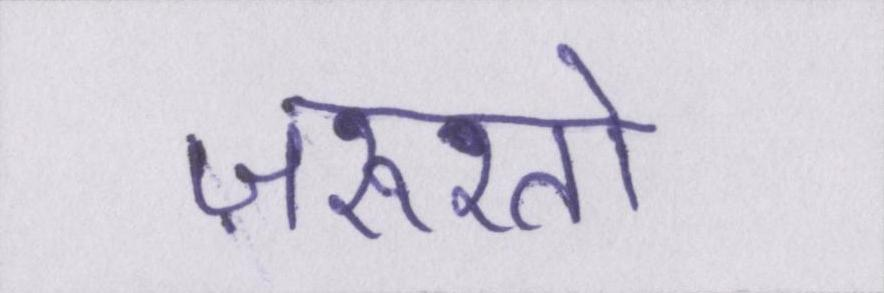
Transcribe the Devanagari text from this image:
ज़रूरतों